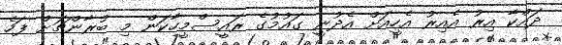
ދައްކާ އިރު އެއިރު އެހީއަށް އެދުނީ ގައުމުގެ ރައީސްމީހާކަން މި ބުރާންޗަށް ފަހެ